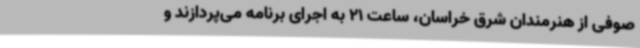
صوفی از هنرمندان شرق خراسان، ساعت 21 به اجرای برنامه می‌پردازند و